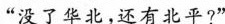
“没了华北，还有北平?”